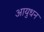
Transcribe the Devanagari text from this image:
आयुधन